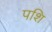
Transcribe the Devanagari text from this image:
पशि